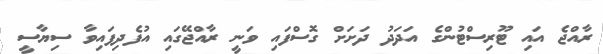
ރާއްޖެ އައި ޓޫރިސްޓުންގެ އަދަދު ދަށަށް ގޮސްފައި ވަނީ ރާއްޖޭގައި އުފެދިފައިވާ ސިޔާސީ